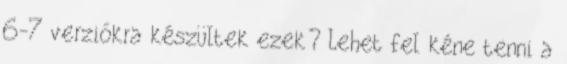
6-7 verziókra készültek ezek? Lehet fel kéne tenni a